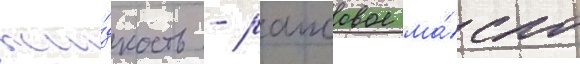
жи́дкость - рапсовое ма́сло